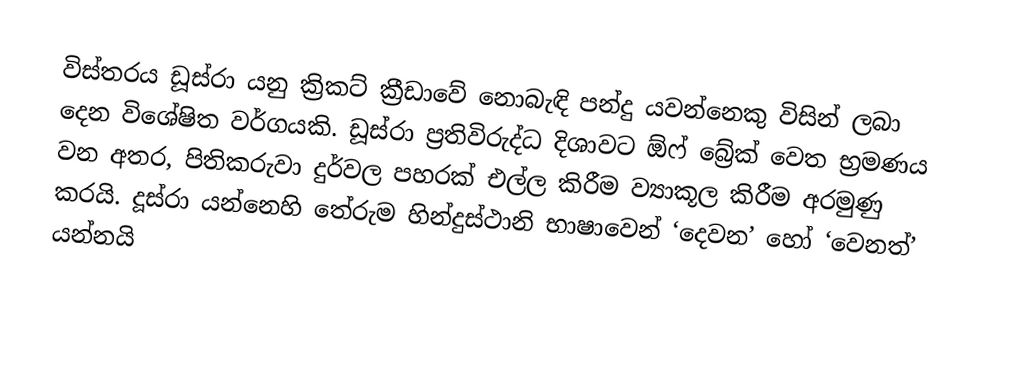
විස්තරය ඩූස්රා යනු ක්‍රිකට් ක්‍රීඩාවේ නොබැඳි පන්දු යවන්නෙකු විසින් ලබා දෙන විශේෂිත වර්ගයකි.  ඩූස්රා ප්‍රතිවිරුද්ධ දිශාවට ඕෆ් බ්‍රේක් වෙත භ්‍රමණය වන අතර, පිතිකරුවා දුර්වල පහරක් එල්ල කිරීම ව්‍යාකූල කිරීම අරමුණු කරයි.  දූස්රා යන්නෙහි තේරුම හින්දුස්ථානි භාෂාවෙන් ‘දෙවන’ හෝ ‘වෙනත්’ යන්නයි